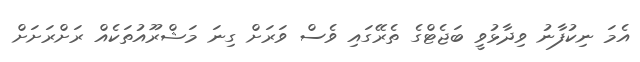
އެމަ ނިކުފާނު ވިދާޅުވީ ބަޖެޓްގެ ތެރޭގައި ވެސް ވަރަށް ގިނަ މަޝްރޫއުތަކެއް ރަށްރަށަށް